Annual report of the Imperial Bacteriological Laboratory, Muktesar
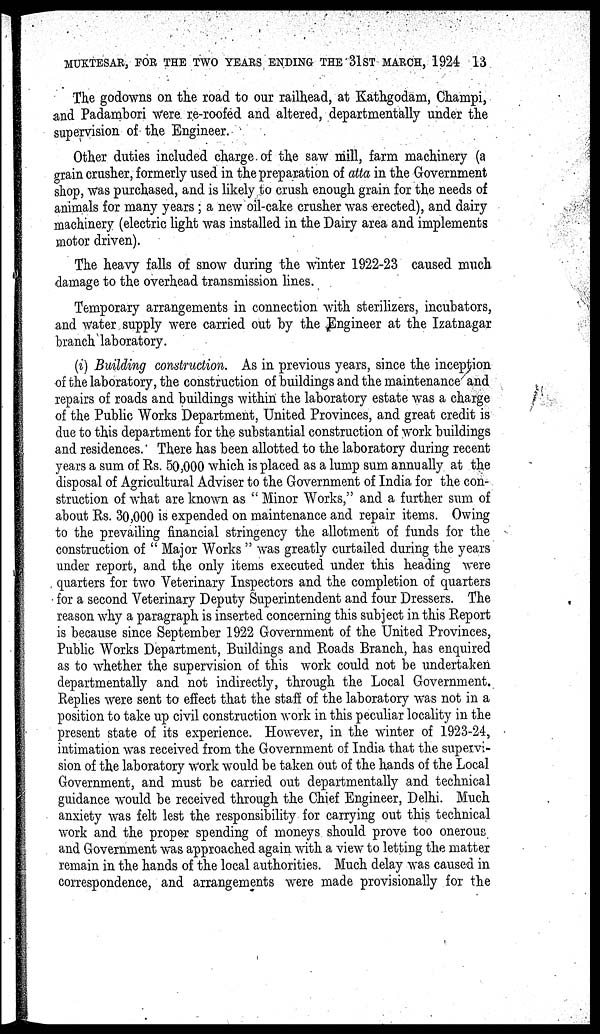
MUKTESAR, FOR THE TWO YEARS ENDING THE 31ST MARCH, 1924 13
The godowns on the road to our railhead, at Kathgodam, Champi,
and Padambori were re-roofed and altered, departmentally under the
supervision of the Engineer.
Other duties included charge of the saw mill, farm machinery (a
grain crusher, formerly used in the preparation of atta in the Government
shop, was purchased, and is likely to crush enough grain for the needs of
animals for many years; a new oil-cake crusher was erected), and dairy
machinery (electric light was installed in the Dairy area and implements
motor driven).
The heavy falls of snow during the winter 1922-23 caused much
damage to the overhead transmission lines.
Temporary arrangements in connection with sterilizers, incubators,
and water supply were carried out by the Engineer at the Izatnagar
branch laboratory.
(i) Building construction. As in previous years, since the inception
of the laboratory, the construction of buildings and the maintenance and
repairs of roads and buildings within the laboratory estate was a charge
of the Public Works Department, United Provinces, and great credit is
due to this department for the substantial construction of work buildings
and residences. There has been allotted to the laboratory during recent
years a sum of Rs. 50,000 which is placed as a lump sum annually at the
disposal of Agricultural Adviser to the Government of India for the con-
struction of what are known as " Minor Works," and a further sum of
about Rs. 30,000 is expended on maintenance and repair items. Owing
to the prevailing financial stringency the allotment of funds for the
construction of " Major Works " was greatly curtailed during the years
under report, and the only items executed under this heading were
quarters for two Veterinary Inspectors and the completion of quarters
for a second Veterinary Deputy Superintendent and four Dressers. The
reason why a paragraph is inserted concerning this subject in this Report
is because since September 1922 Government of the United Provinces,
Public Works Department, Buildings and Roads Branch, has enquired
as to whether the supervision of this work could not be undertaken
departmentally and not indirectly, through the Local Government.
Replies were sent to effect that the staff of the laboratory was not in a
position to take up civil construction work in this peculiar locality in the
present state of its experience. However, in the winter of 1923-24,
intimation was received from the Government of India that the supervi-
sion of the laboratory work would be taken out of the hands of the Local
Government, and must be carried out departmentally and technical
guidance would be received through the Chief Engineer, Delhi. Much
anxiety was felt lest the responsibility for carrying out this technical
work and the proper spending of moneys should prove too onerous
and Government was approached again with a view to letting the matter
remain in the hands of the local authorities. Much delay was caused in
correspondence, and arrangements were made provisionally for the